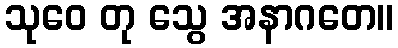
သုဝေ တု သွေ အနာဂတေ။